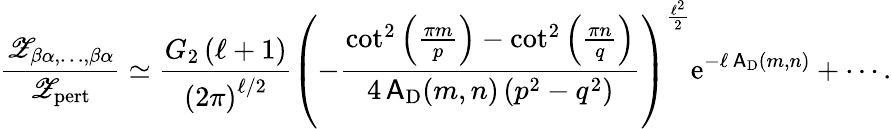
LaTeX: \frac{{\mathscr Z}_{\beta\alpha,\ldots,\beta\alpha}}{{\mathscr Z}_{\mathrm{pert}}}\simeq\frac{G_{2}\left(\ell+1\right)}{\left(2\pi\right)^{\ell/2}}\left(-\frac{\cot^{2}\left(\frac{\pi m}{p}\right)-\cot^{2}\left(\frac{\pi n}{q}\right)}{4\, \mathsf{A}_{\mathrm{D}}(m,n)\left(p^{2}-q^{2}\right)}\right)^{\frac{\ell^{2}}{2}}{\mathrm{e}}^{-\ell\, \mathsf{A}_{\mathrm{D}}(m,n)}+\cdots.